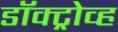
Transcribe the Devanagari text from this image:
डॉक्ट्रोव्ह